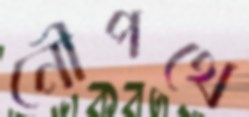
নৌপথে